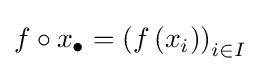
f\circ x_{\bullet }=\left(f\left(x_{i}\right)\right)_{i\in I}